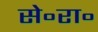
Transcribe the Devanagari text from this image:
से॰रा॰